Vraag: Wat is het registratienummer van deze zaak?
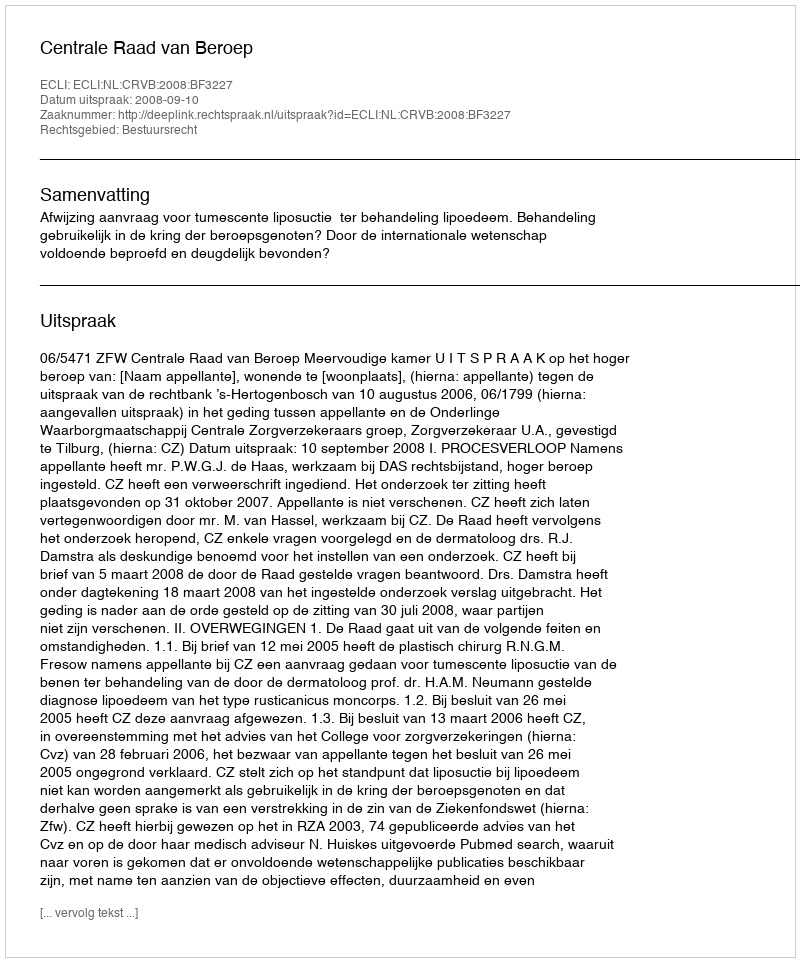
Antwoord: http://deeplink.rechtspraak.nl/uitspraak?id=ECLI:NL:CRVB:2008:BF3227